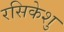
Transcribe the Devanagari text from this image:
रसिकेशु